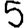
Digit: 5